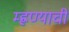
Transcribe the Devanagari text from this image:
म्ह्णण्याची